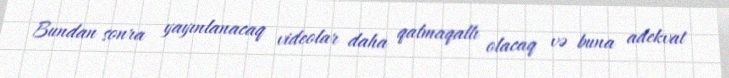
Bundan sonra yayınlanacaq videolar daha qalmaqallı olacaq və buna adekvat